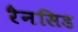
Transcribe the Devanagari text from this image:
रैनसिड